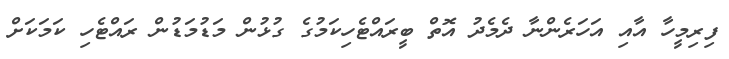
ފިރިމީހާ އާއި އަހަރެންނާ ދެމެދު އޮތް ބީރައްޓެހިކަމުގެ ގުޅުން މަޑުމަޑުން ރައްޓެހި ކަމަކަށް